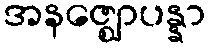
အနဇ္ဈောပန္နာ